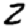
Digit: 2